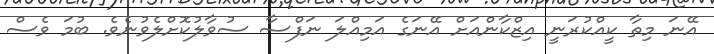
އޭނަ މިތާ ކީއްކުރަނީ އިޒްކާންއަށް އޭނަގެ އަމިއްލަ ނަފްސާ ސުވާލުކޮށްލެވުނެވެ. ބުމަ ވެސް